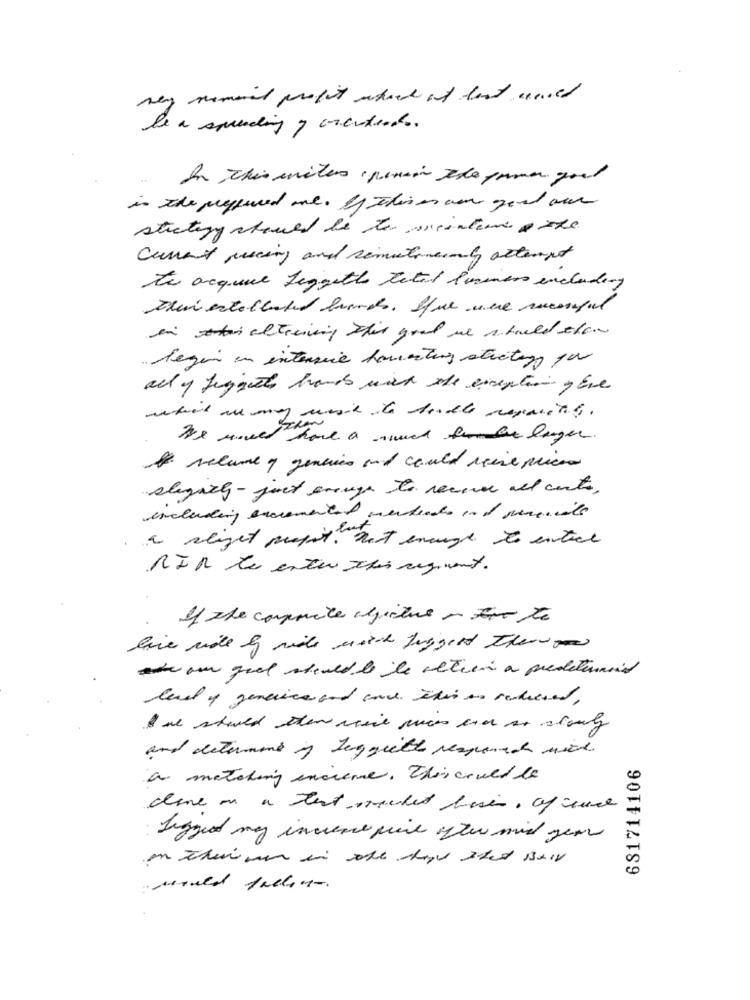
very semanal profit wheed at last und
be a spreading y orcuadrado.
is the pressured and. If This is a good our
strategy should be to meinte & the
current pricing and sematimely attempt
to acquire liggethe Total luiers including
Den estellahet brands. Sue were suconfal
in altrening That good we should show
begin en intense hamartins strcitez por
ally suggest hands with the exception y Ere
We used have a suved lager.
A volume y gencies and could reise prices
slegacy - just enough to receive all curto,
including excrementet merheads ind pencils
a slight propst. not enough to entice
MIR tes enter This regiment.
If she composite lecture - foto
lave ride I ride with liggert then
atom good should be le altien a predetermined
level of genetics and code. This so reddiesel,
and determine if leggieth respond with
681714106
a matching insieme. This could be
done on a text rocket bises, of rece
Leggiod my inviene fire few mid year
would fallos.